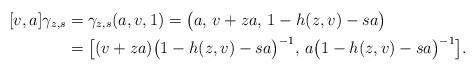
LaTeX: \begin{align*}[v,a]\gamma_{z,s}&= \gamma_{z,s}(a, v, 1)= \bigl( a,\, v+za,\, 1 - h(z,v) - sa \bigr) \\&= \bigl[ (v + za)\bigl( 1 - h(z,v) - sa \bigr)^{-1} ,\, a\bigl( 1 - h(z,v) - sa \bigr)^{-1} \bigr] .\end{align*}